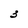
Character: 3